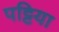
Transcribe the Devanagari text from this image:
पट्टिया